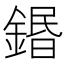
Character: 鍲